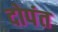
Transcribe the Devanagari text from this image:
दोपंत